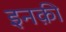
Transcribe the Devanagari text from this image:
इनक़ी